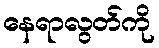
နေရာလွတ်ကို